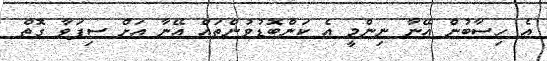
އެ ހިސާބުން އޭނާ ނިންމީ އެ ކަންބޮޑުވުންތައް އޭނާ އަށް ސިފަވާ ގޮތް